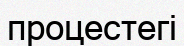
процестегі